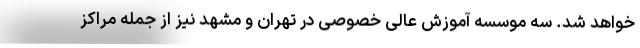
خواهد شد. سه موسسه آموزش عالی خصوصی در تهران و مشهد نیز از جمله مراکز